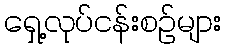
ရှေ့လုပ်ငန်းစဉ်များ